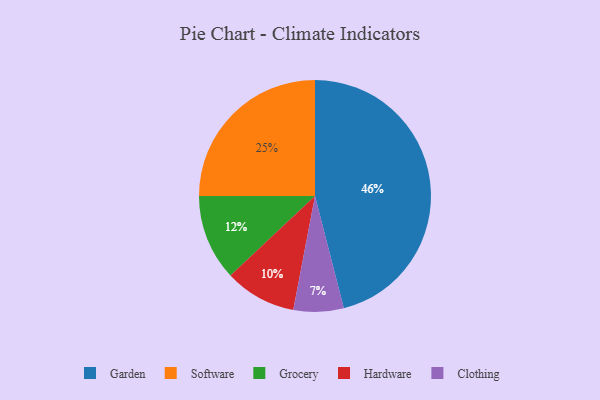
{"axis": {"x": "Category", "y": "Percentage"}, "legend": ["Clothing", "Garden", "Grocery", "Hardware", "Software"], "data": [{"x": "Hardware", "y": 10, "type": "Hardware"}, {"x": "Grocery", "y": 12, "type": "Grocery"}, {"x": "Clothing", "y": 7, "type": "Clothing"}, {"x": "Software", "y": 25, "type": "Software"}, {"x": "Garden", "y": 46, "type": "Garden"}]}